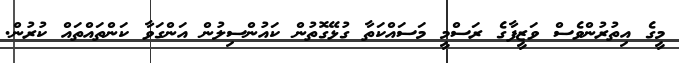
މީގެ އިތުރުންވެސް ވަޒީފާގެ ރަސްމީ މަސައްކަތާ ގުޅޭގޮތުން ކައުންސިލުން އަންގަވާ ކަންތައްތައް ކުރުން.